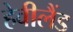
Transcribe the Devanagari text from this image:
हेवीलैंड